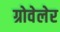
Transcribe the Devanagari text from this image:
ग्रोवेलेर